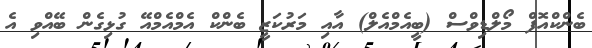
ބެންކްއޮފް މޯލްޑިވްސް (ބީއެމްއެލް) އާއި މަރުކަޒީ ބެންކް އެމްއެމްއޭ ގުޅިގެން ބޭއްވި އެ